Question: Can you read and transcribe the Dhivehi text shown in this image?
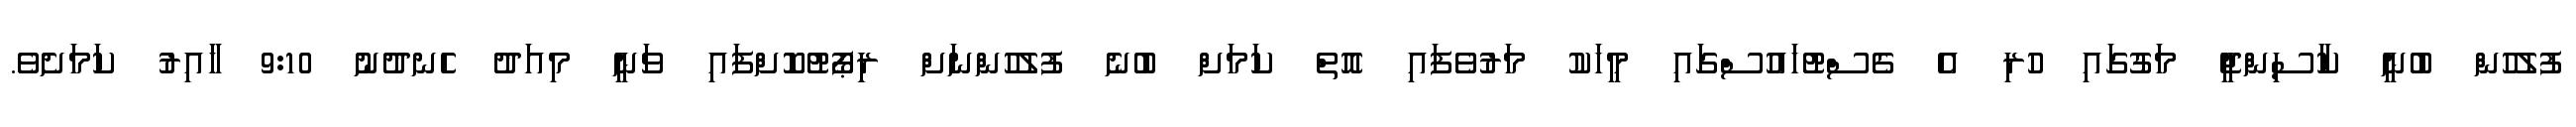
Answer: ފުލުހުން ބުނީ ކާސިންޖީ މަގުގައި ހުރި އެ ގެސްޓުހައުސްގައި މީހަކު މަރުވެފައި އޮތް ކަމަށް ބުނެ ފުލުހުންނަށް ރިިޕޯޓުކޮށްފައި ވަނީ މިއަދު ހެނދުނު 9:10 ހާއިރު ކަމަށެވެ.